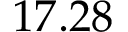
1 7 . 2 8